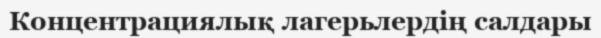
Концентрациялық лагерьлердің салдары